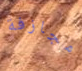
مجازفة